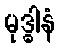
မုဒ္ဓါနံ